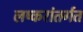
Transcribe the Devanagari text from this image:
लष्करांतर्गत